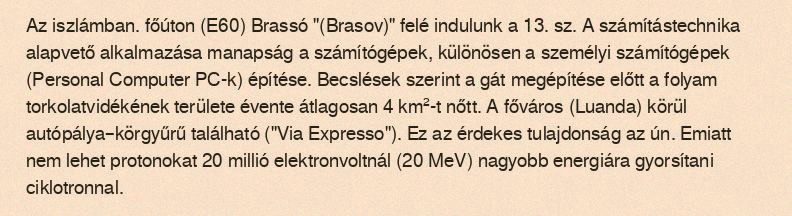
Az iszlámban. főúton (E60) Brassó "(Brasov)" felé indulunk a 13. sz. A számítástechnika alapvető alkalmazása manapság a számítógépek, különösen a személyi számítógépek (Personal Computer PC-k) építése. Becslések szerint a gát megépítése előtt a folyam torkolatvidékének területe évente átlagosan 4 km²-t nőtt. A főváros (Luanda) körül autópálya–körgyűrű található ("Via Expresso"). Ez az érdekes tulajdonság az ún. Emiatt nem lehet protonokat 20 millió elektronvoltnál (20 MeV) nagyobb energiára gyorsítani ciklotronnal.